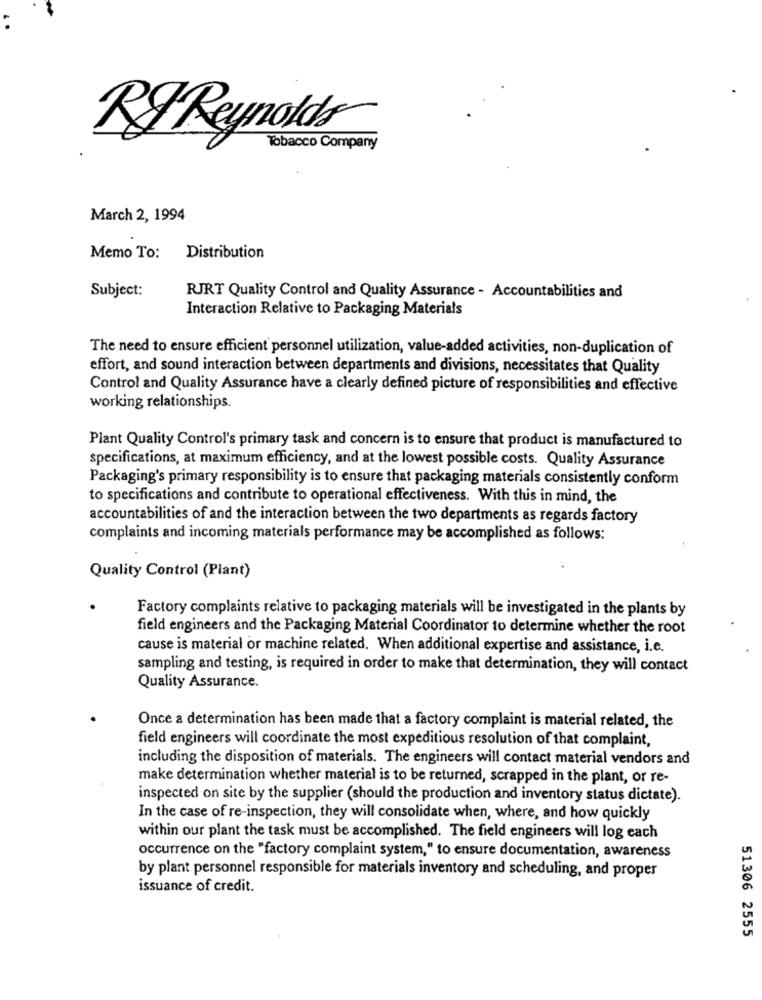
RI Reynolds
Tobacco Company
March 2, 1994
Memo To:
Distribution
Subject:
RJRT Quality Control and Quality Assurance - Accountabilities and
Interaction Relative to Packaging Materials
The need to ensure efficient personnel utilization, value-added activities, non-duplication of
effort, and sound interaction between departments and divisions, necessitates that Quality
Control and Quality Assurance have a clearly defined picture of responsibilities and effective
working relationships.
Plant Quality Control's primary task and concern is to ensure that product is manufactured to
specifications, at maximum efficiency, and at the lowest possible costs. Quality Assurance
Packaging's primary responsibility is to ensure that packaging materials consistently conform
to specifications and contribute to operational effectiveness. With this in mind, the
accountabilities of and the interaction between the two departments as regards factory
complaints and incoming materials performance may be accomplished as follows:
Quality Control (Plant)
Factory complaints relative to packaging materials will be investigated in the plants by
field engineers and the Packaging Material Coordinator to determine whether the root
cause is material or machine related. When additional expertise and assistance, i.e.
sampling and testing, is required in order to make that determination, they will contact
Quality Assurance.
Once a determination has been made that a factory complaint is material related, the
field engineers will coordinate the most expeditious resolution of that complaint,
including the disposition of materials. The engineers will contact material vendors and
make determination whether material is to be returned, scrapped in the plant, or re-
inspected on site by the supplier (should the production and inventory status dictate).
In the case of re-inspection, they will consolidate when, where, and how quickly
within our plant the task must be accomplished. The field engineers will log each
occurrence on the "factory complaint system," to ensure documentation, awareness
by plant personnel responsible for materials inventory and scheduling, and proper
issuance of credit.
51306 2555